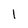
Character: 1